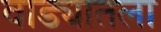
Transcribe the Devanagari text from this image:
वाड्यातला